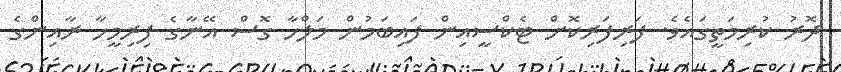
ދޮރު ކުރިމަތީގައެވެ. ފަރިފަރިކޮށް ޓެކްސީއިން ފައިބަމުން މަލްހާ ގޮސް އޭނާގެ ފިރިމީހާ ރާއިންގެ